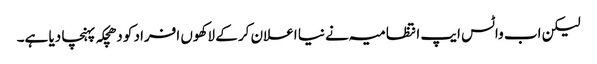
لیکن اب واٹس ایپ انتظامیہ نے نیا اعلان کر کے لاکھوں افراد کو دھچکہ پہنچا دیا ہے۔